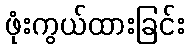
ဖုံးကွယ်ထားခြင်း